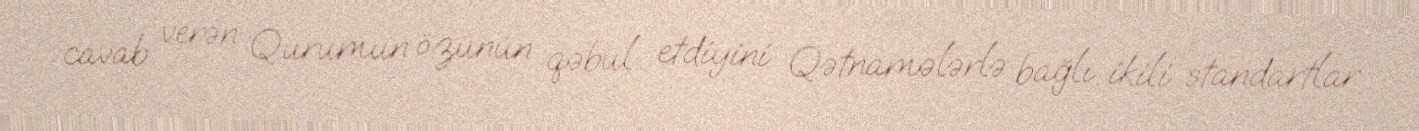
cavab verən Qurumun özünün qəbul etdiyini Qətnamələrlə bağlı ikili standartlar